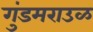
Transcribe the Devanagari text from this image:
गुंडमराउळ